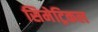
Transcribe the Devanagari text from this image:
सिमेट्रिकल